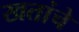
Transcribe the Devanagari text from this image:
खतांचे